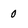
Character: 0